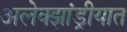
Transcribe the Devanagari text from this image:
अलेक्झांड्रीयात